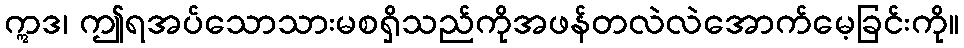
ဣဒ၊ ဤရအပ်သောသားမစရှိသည်ကိုအဖန်တလဲလဲအောက်မေ့ခြင်းကို။